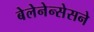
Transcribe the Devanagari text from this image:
बेलेनेन्सेसने